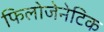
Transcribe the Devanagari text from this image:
फिलोजेनेटिक